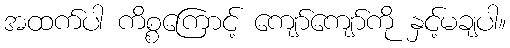
အထက်ပါ ကိစ္စကြောင့် ကျော်ကျော်ကို နှင့်မချပါ။